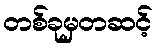
တစ်ခုမှတဆင့်